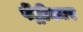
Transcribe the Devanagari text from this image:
पेंट्रीकार